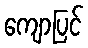
ကျောပြင်